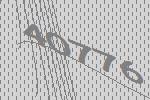
40776